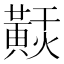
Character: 𪏂